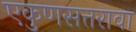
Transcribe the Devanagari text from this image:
एकुणसत्तरावा